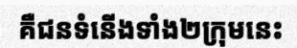
គឺជនទំនើងទាំង២ក្រុមនេះ